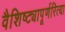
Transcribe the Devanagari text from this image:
वैशिष्ट्यापूर्णरित्या